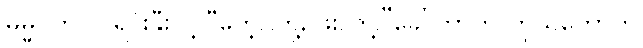
ဓမ္မဂုတ်။ ။ ရင်းနှီးလို့ “ဟေ့...တို့, ဖိုး..တို့.”ခေါ်တာကို ကိုယ်တော်က